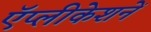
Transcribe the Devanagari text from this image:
ऍप्लीकेशनें